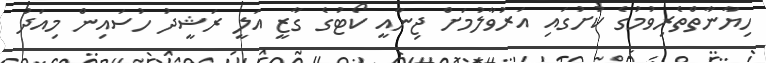
ހިޔާނާތްތެރިވުމުގެ ކުށުގައި އަރުވާލުމަށް ޖިނާއީ ކޯޓުގެ ގާޒީ އަލީ ރަޝީދު ހުސައިން މިއަދު